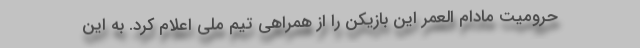
حرومیت مادام العمر این بازیکن را از همراهی تیم ملی اعلام کرد. به این